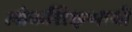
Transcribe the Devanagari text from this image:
लोकशिक्षणाची